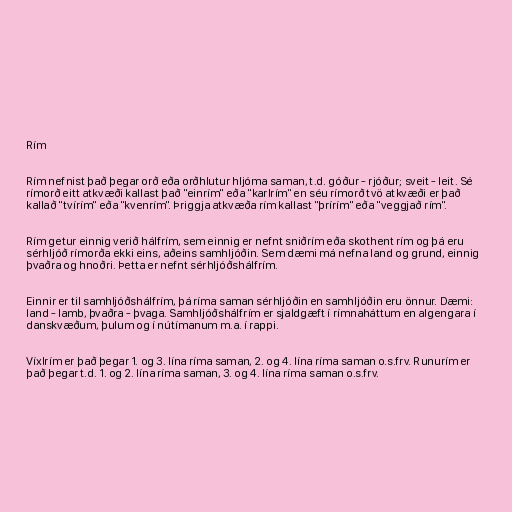
Rím

Rím nefnist það þegar orð eða orðhlutur hljóma saman, t.d. góður - rjóður; sveit - leit. Sé
rímorð eitt atkvæði kallast það "einrím" eða "karlrím" en séu rímorð tvö atkvæði er það
kallað "tvírím" eða "kvenrím". Þriggja atkvæða rím kallast "þrírím" eða "veggjað rím".

Rím getur einnig verið hálfrím, sem einnig er nefnt sniðrím eða skothent rím og þá eru
sérhljóð rímorða ekki eins, aðeins samhljóðin. Sem dæmi má nefna land og grund, einnig
þvaðra og hnoðri. Þetta er nefnt sérhljóðshálfrím.

Einnir er til samhljóðshálfrím, þá ríma saman sérhljóðin en samhljóðin eru önnur. Dæmi:
land - lamb, þvaðra - þvaga. Samhljóðshálfrím er sjaldgæft í rímnaháttum en algengara í
danskvæðum, þulum og í nútímanum m.a. í rappi.

Víxlrím er það þegar 1. og 3. lína ríma saman, 2. og 4. lína ríma saman o.s.frv. Runurím er
það þegar t.d. 1. og 2. lína ríma saman, 3. og 4. lína ríma saman o.s.frv.